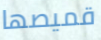
قميصها